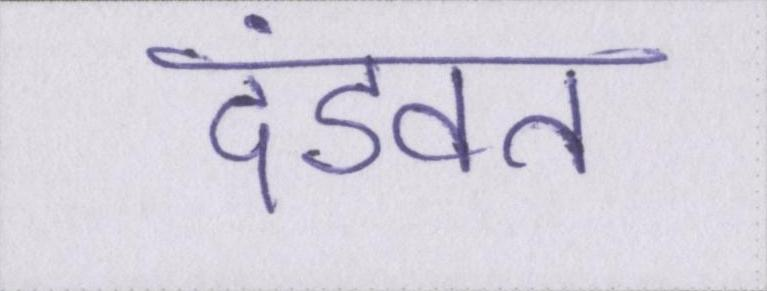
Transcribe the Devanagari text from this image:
दंडवत